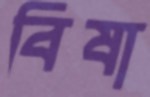
বিষা